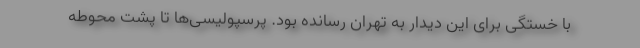
با خستگی برای این دیدار به تهران رسانده بود. پرسپولیسی‌ها تا پشت محوطه